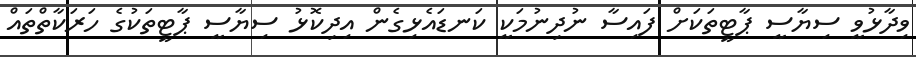
ވިދާޅުވީ ސިޔާސީ ޕާޓީތަކަށް ފައިސާ ނުދިނުމަކީ ކަނޑައެޅިގެން އިދިކޮޅު ސިޔާސީ ޕާޓީތަކުގެ ހަރަކާތްތައް